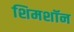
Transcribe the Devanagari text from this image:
शिमशॉन